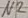
Text: N2